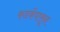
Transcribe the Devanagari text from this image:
फडकेंपासून